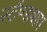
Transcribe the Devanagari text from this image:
स्टॅण्डबाय